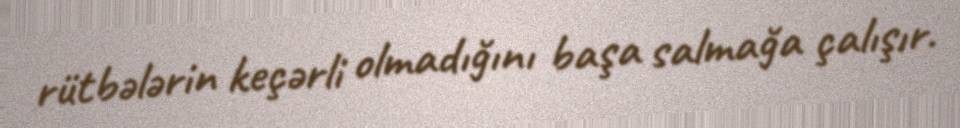
rütbələrin keçərli olmadığını başa salmağa çalışır.